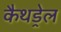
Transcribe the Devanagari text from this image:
कैथड्रेल